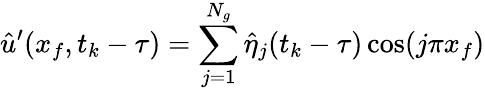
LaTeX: \hat{u}^{\prime}(x_{f},t_{k}-\tau)=\sum_{j=1}^{N_{g}}\hat{\eta}_{j}(t_{k}-\tau)\cos(j\pi x_{f})